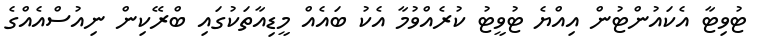
ޓުވިޓާ އެކައުންޓުން އިއްޔެ ޓުވީޓު ކުރެއްވުމާ އެކު ބައެއް މީޑިއާތަކުގައި ބްރޭކިން ނިއުސްއެއްގެ